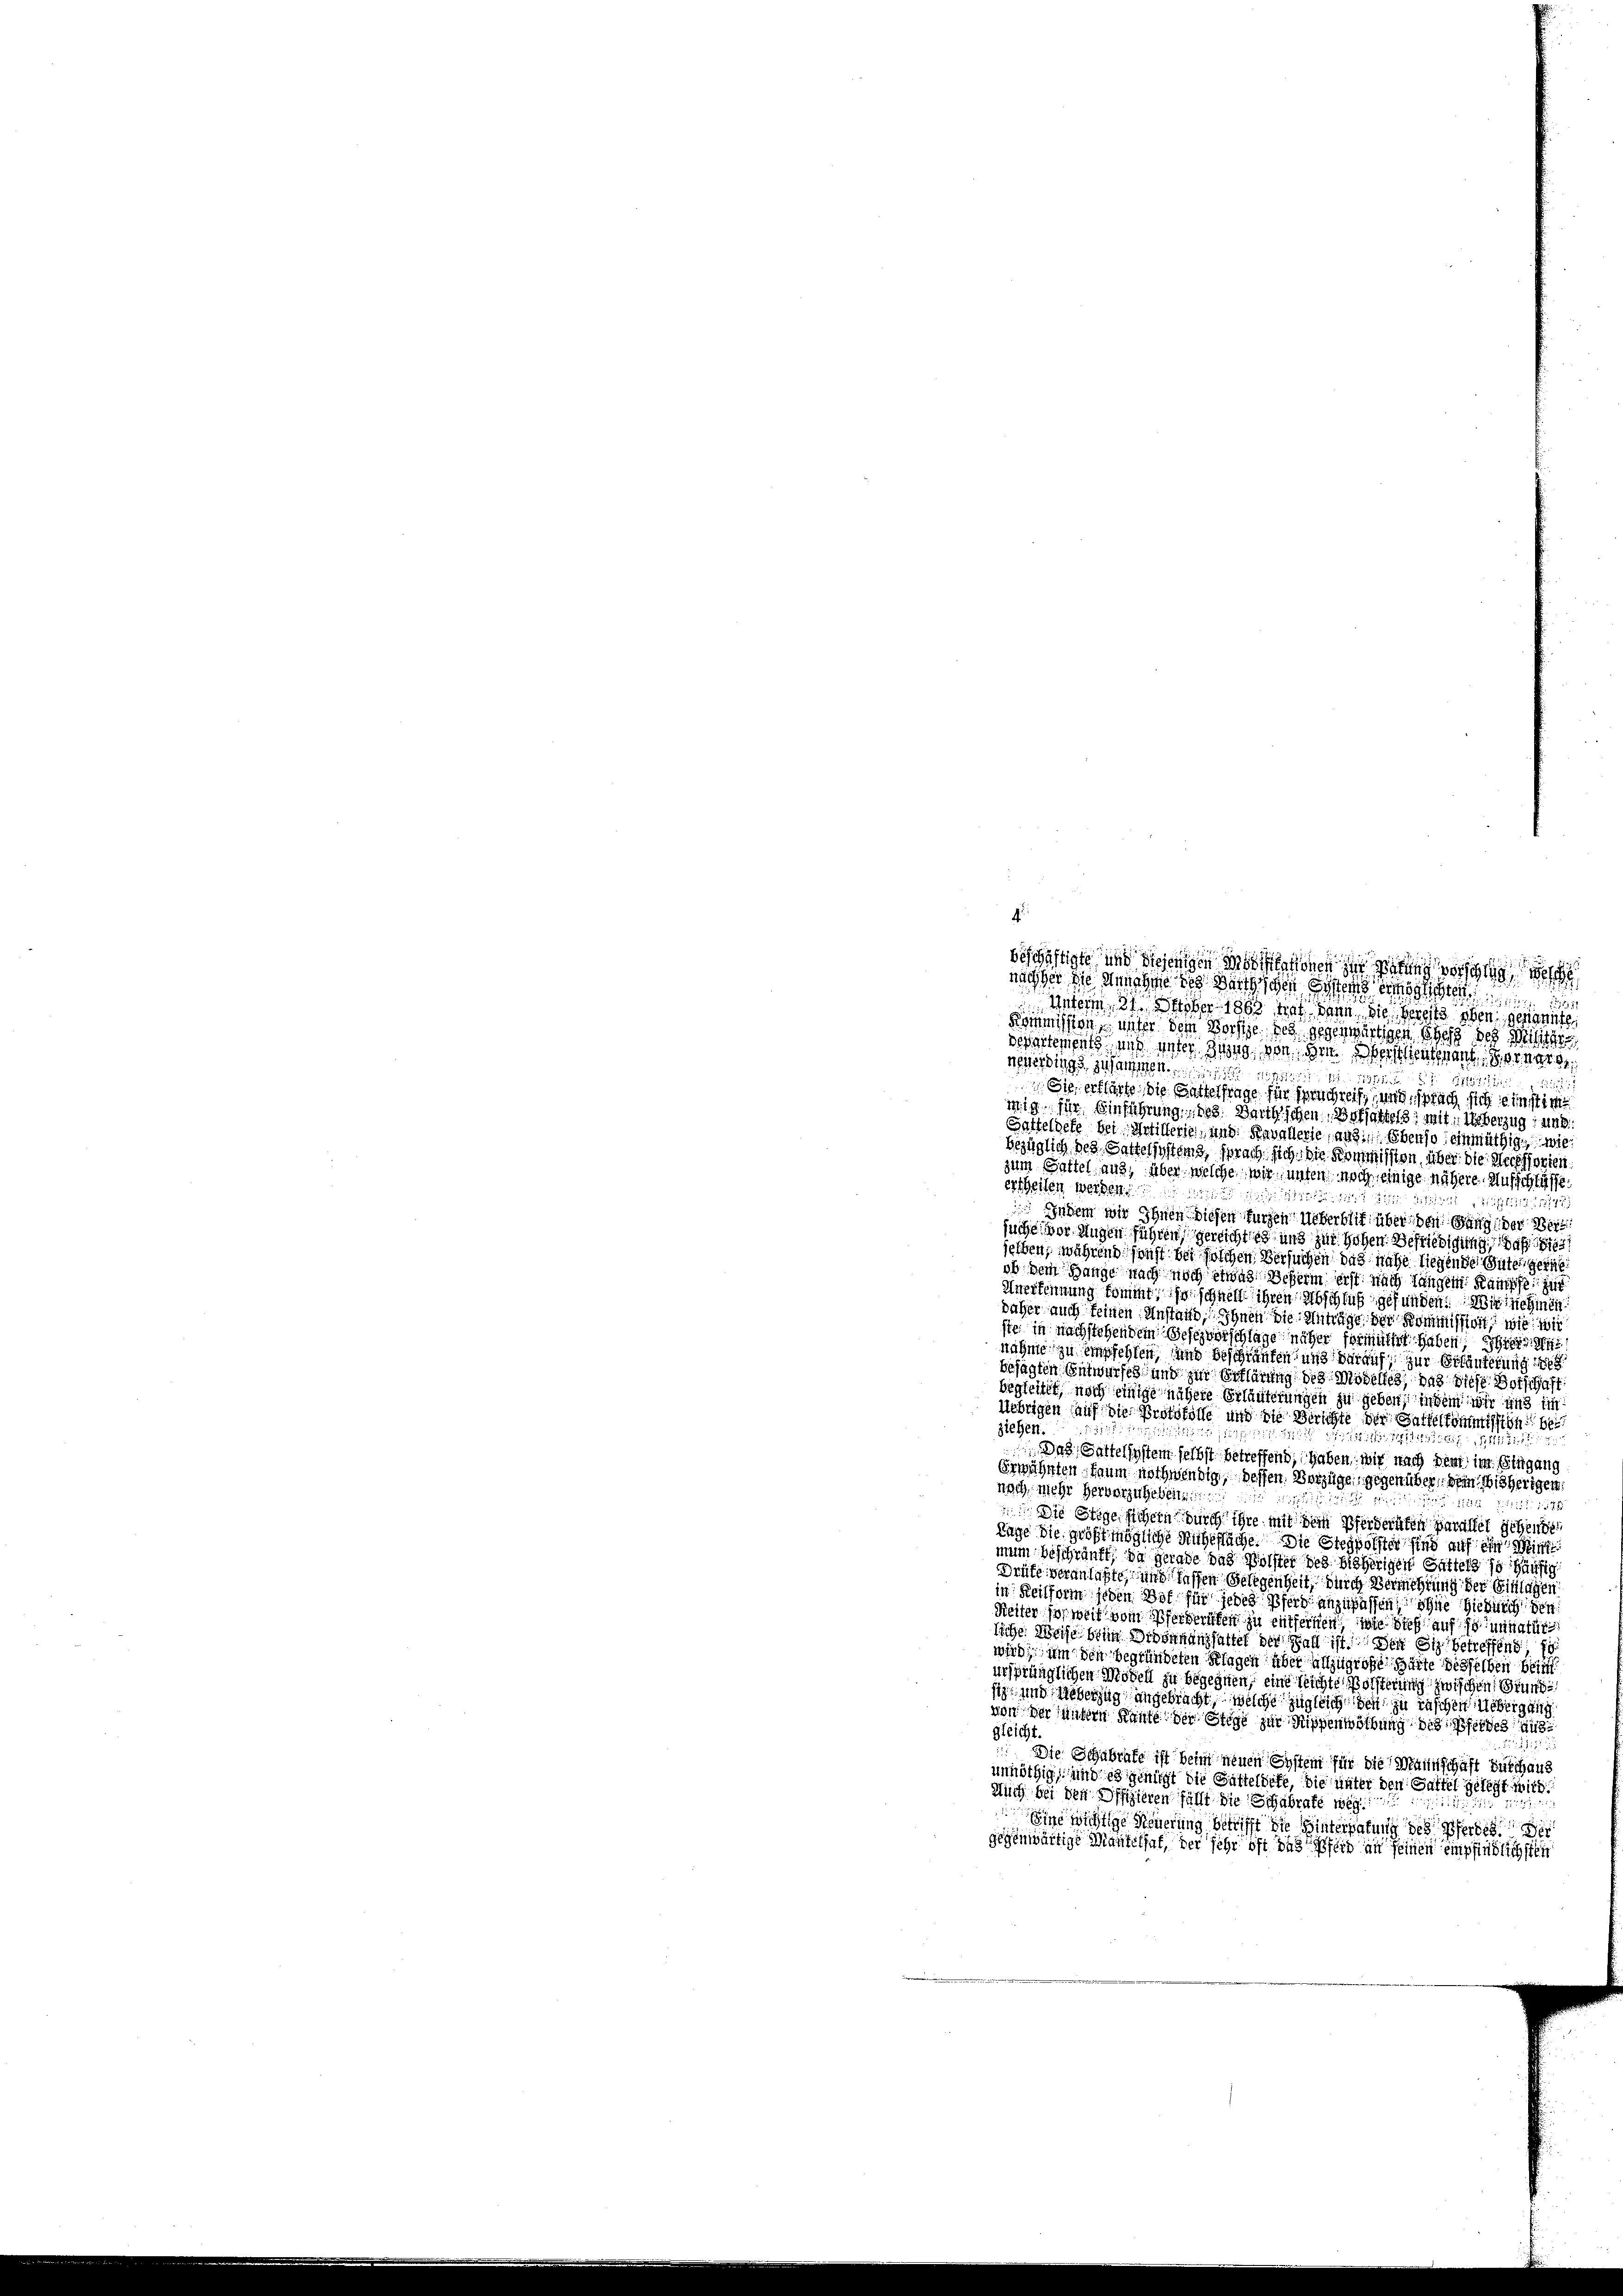
4
beschäftigte und diejenigen Modifikationen zur Zutung verschlag, welch
nachher die Annahme des Barthischen Erstens englichen
Mitern aber 1883 hat dann die bereits oben den
Kommission unter dem Vorste des gegenwärtigen Chefs des Militar
stements und unter Zwang von im Oberstentenant Horner d
neuerdings zusammen.
27. Entschri
 Sie erklärte, die Gattelfrage für senschreife und, sprach sich einstim
wig sehr Einführung des Barthschen, Bothattels, mit Ueberzug, und
Gatfeldete bei Artillerien, und Kavallerie, aus. Ebenso einmüthig wie
bezüglich des Sattersystems, sprach sich die Kommission, über die Recessorien
zum Gattel aus, über welche wir unten noch einige nähere Aufschlüsse
seiten worden Mi
 Indem wir Ihnen diesen kurzen Ueberblit über den Gang der Versuches vor Augen führen gereicht es und zur Hohen Befriedigung, daß
selben, während sonst bei solchen Versuchen das nahe liegende Gutes gerich
ob, dem Gange nach noch etwas Scherm erst nach längen Kampfe zur
Anerkennung kommt, so schnell ihren Abschluß gefunden. Wir sichen
daher auch feinen Anstand, Ihnen die Anträge der Kommission, wie wir
ste in nachstehendem Geserverschlage näher formittet haben hier
nahme zu empfehlen, und beschränken, und darauf zur Erläuterung
besagten Entwurfes und zur Erklärung des Modelles, das diese Botschaft
begleitet, noch einige nähere Erläuterungen zu geben, indem wir und im
Übrigen auf die Protokolle und die Berichte der Gattelkommission be
s
ziehen.
1
1553 n 1. 11811
Das Gattelsystem selbst betreffend, haben, mir nach dem im Eingang
Erwähnten kaum nothwendig, dessen. Vorzügen, gegenüber, sein. Bisherigen
noch mehr hervorzuhebenen
Sitte Dritt. 1848
 Die Stege sichern durch ihre mit dem Pferderäten parallet sehende
Tage die größtmögliche Ruhefläche. Die Stegpolster sind auf ein Wint
mum beschränkt, da gerade das Polster des bisherigen Gattens so häufig
Drüfe veranlaßte, und fassen Gelegenheit, durch Vermehrung der Einlagen
in Heilfvem jeden Hof für jedes Pferd anzupassen, ohne Hieberich gen
Weiter soweit vom Pferderuten zu entfernen, wie dieß auf so unnatür
liche Weise beim Brennungsalter der Fall ist den Siz betreffend f
wird, um den begründeten Klagen über allzugroße Gärte desselben bei
ursprünglichen Modell zu begegnen, eine leichte Bölsterung zwischen Grundsich und Ueberzug angebracht, welche zugleich den zu raschen Uebergang
von der andern Kaufe der Stege zur Rippenwerbung des Pferdes Ausgleicht.
Die Schabrafe ist beim neuen System für die Mannschaft durchaus
unnöthig, und es genügt die Gatteldete, die unter den Gattel gelegt wird.
Auch bei den Offizieren füllt die Schabrate mög
Eine wichtige Neuerung betrifft die Hinterhatung des Pferde der
gegenwärtige Mantel hat, der Jahr oft das Pferd an seinen empfindlichste